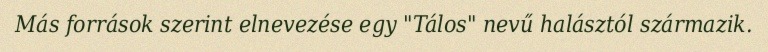
Más források szerint elnevezése egy "Tálos" nevű halásztól származik.